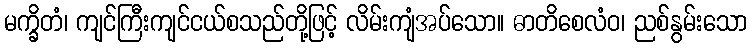
မက္ခိတံ၊ ကျင်ကြီးကျင်ငယ်စသည်တို့ဖြင့် လိမ်းကျံအပ်သော။ ဓာတိစေလံဝ၊ ညစ်နွမ်းသော